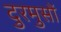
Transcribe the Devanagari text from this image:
दुरमुसों